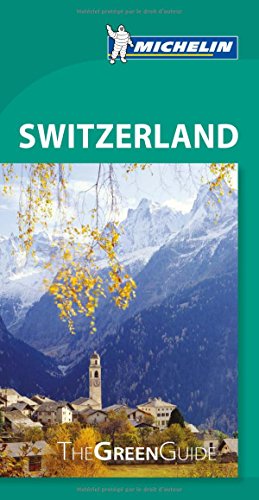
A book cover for Michelin Green Guide Switzerland (Green Guide/Michelin); Michelin; Travel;